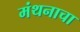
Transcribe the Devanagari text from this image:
मंथनाचा